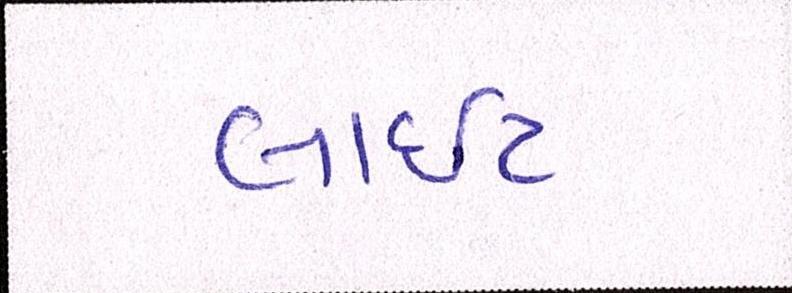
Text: લાઇટ